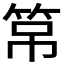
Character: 𱷹